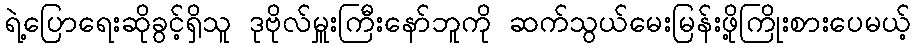
ရဲ့ပြောရေးဆိုခွင့်ရှိသူ ဒုဗိုလ်မှူးကြီးနော်ဘူကို ဆက်သွယ်မေးမြန်းဖို့ကြိုးစားပေမယ့်